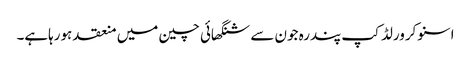
اسنوکرورلڈ کپ پندرہ جون سے شنگھائی چین میں منعقد ہورہاہے۔